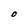
Character: O